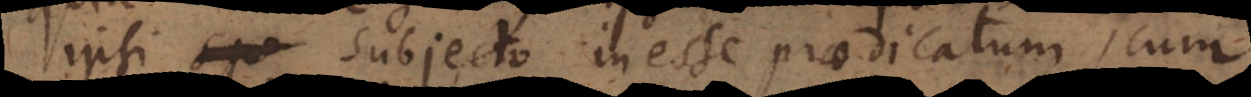
ipsi spe subjecto inesse praedicatum, cum